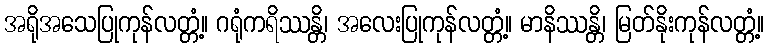
အရိုအသေပြုကုန်လတ္တံ့။ ဂရုံကရိဿန္တိ၊ အလေးပြုကုန်လတ္တံ့။ မာနိဿန္တိ၊ မြတ်နိုးကုန်လတ္တံ့။